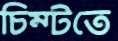
চিম্‌টতে